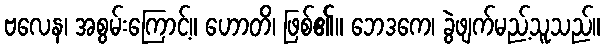
ဗလေန၊ အစွမ်းကြောင့်။ ဟောတိ၊ ဖြစ်၏။ ဘေဒကေ၊ ခွဲဖျက်မည့်သူသည်။